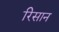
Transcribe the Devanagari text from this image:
रिसान